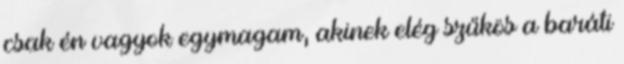
csak én vagyok egymagam, akinek elég szűkös a baráti